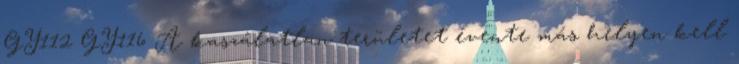
GY112 GY116 A kaszálatlan területet évente más helyen kell